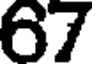
67